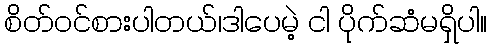
စိတ်ဝင်စားပါတယ်၊ဒါပေမဲ့ ငါ ပိုက်ဆံမရှိပါ။